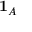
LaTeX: \mathbf { 1 } _ { A }